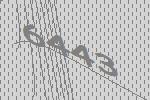
6443